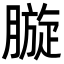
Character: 𣎓